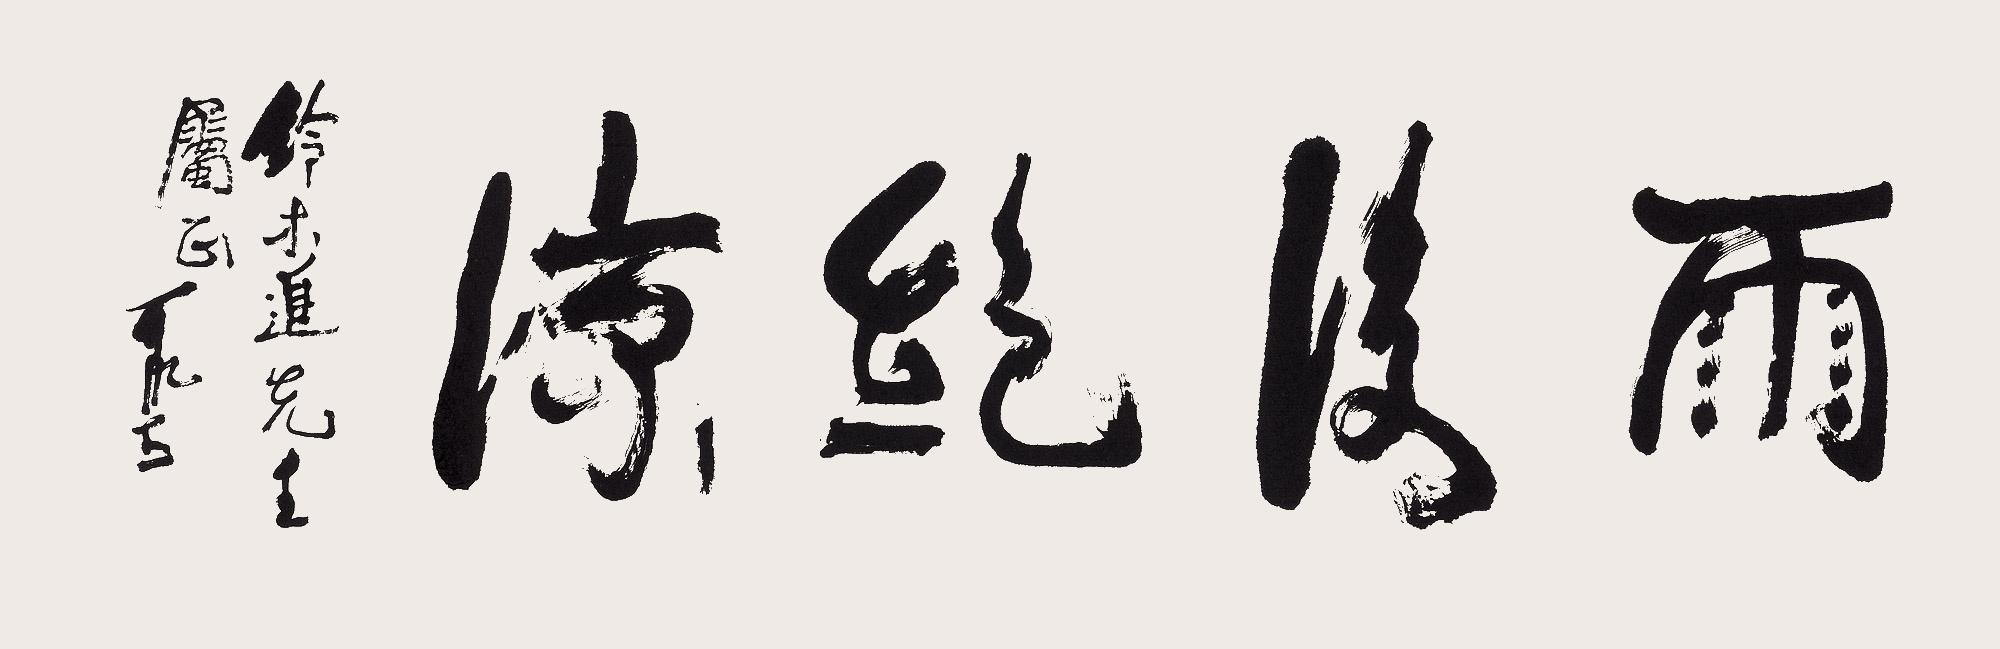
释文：雨后绝凉。铃木进先生属正，可染。